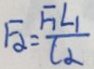
F _ { 2 } = \frac { F _ { 1 } \angle 1 } { C _ { 2 } }